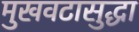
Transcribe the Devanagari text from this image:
मुखवटासुद्धा